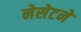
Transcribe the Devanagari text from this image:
नेसेटने